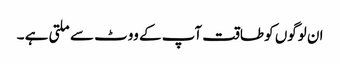
ان لوگوں کو طاقت آپ کے ووٹ سے ملتی ہے ۔